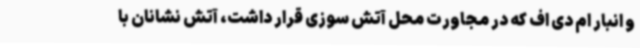
و انبار ام دی اف که در مجاورت محل آتش سوزی قرار داشت، آتش نشانان با